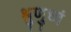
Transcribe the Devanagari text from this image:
श्रुणुध्वं